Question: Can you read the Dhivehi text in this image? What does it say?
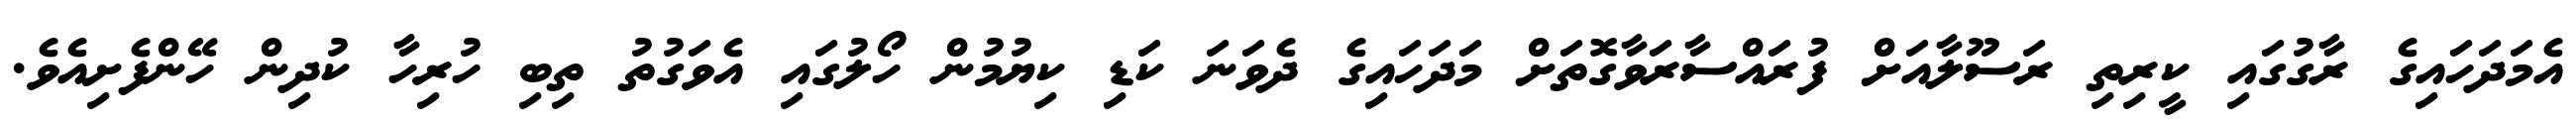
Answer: އެމަދަހައިގެ ރާގުގައި ކީރިތި ރަސޫލާއަށް ފުރައްސާރަވާގޮތަށް މަދަހައިގެ ދެވަނަ ކަޑި ކިޔުމުން ހޯލުގައި އެވަގުތު ތިބި ހުރިހާ ކުދިން ހޭންފެށިއެވެ.